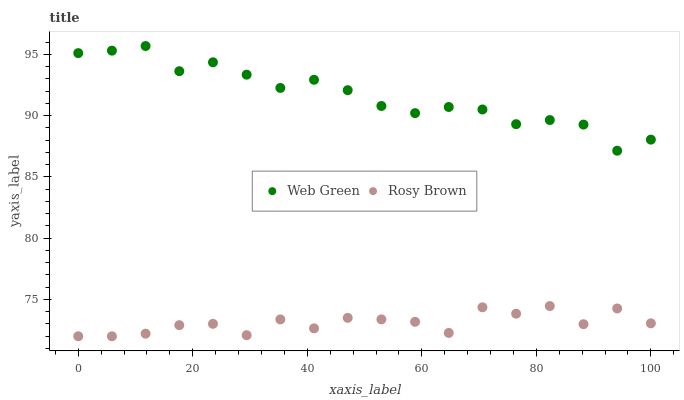
| xaxis_label | Web Green | Rosy Brown |
 | --- | --- | --- |
 | 0 | 95.1 | 72 |
 | 5.88 | 95.3 | 72 |
 | 11.8 | 95.7 | 72.2 |
 | 17.6 | 93.6 | 72.9 |
 | 23.5 | 94.4 | 73 |
 | 29.4 | 93.3 | 72.1 |
 | 35.3 | 92.3 | 73.4 |
 | 41.2 | 92.9 | 72.6 |
 | 47.1 | 92.1 | 73.5 |
 | 52.9 | 90.8 | 73.4 |
 | 58.8 | 90.2 | 73.2 |
 | 64.7 | 90.7 | 72.3 |
 | 70.6 | 90.5 | 74.4 |
 | 76.5 | 89.3 | 73.8 |
 | 82.4 | 89.6 | 74.5 |
 | 88.2 | 89.3 | 73 |
 | 94.1 | 87.1 | 74.3 |
 | 100 | 88 | 73.1 |